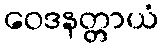
ဝေဒနတ္တာယံ